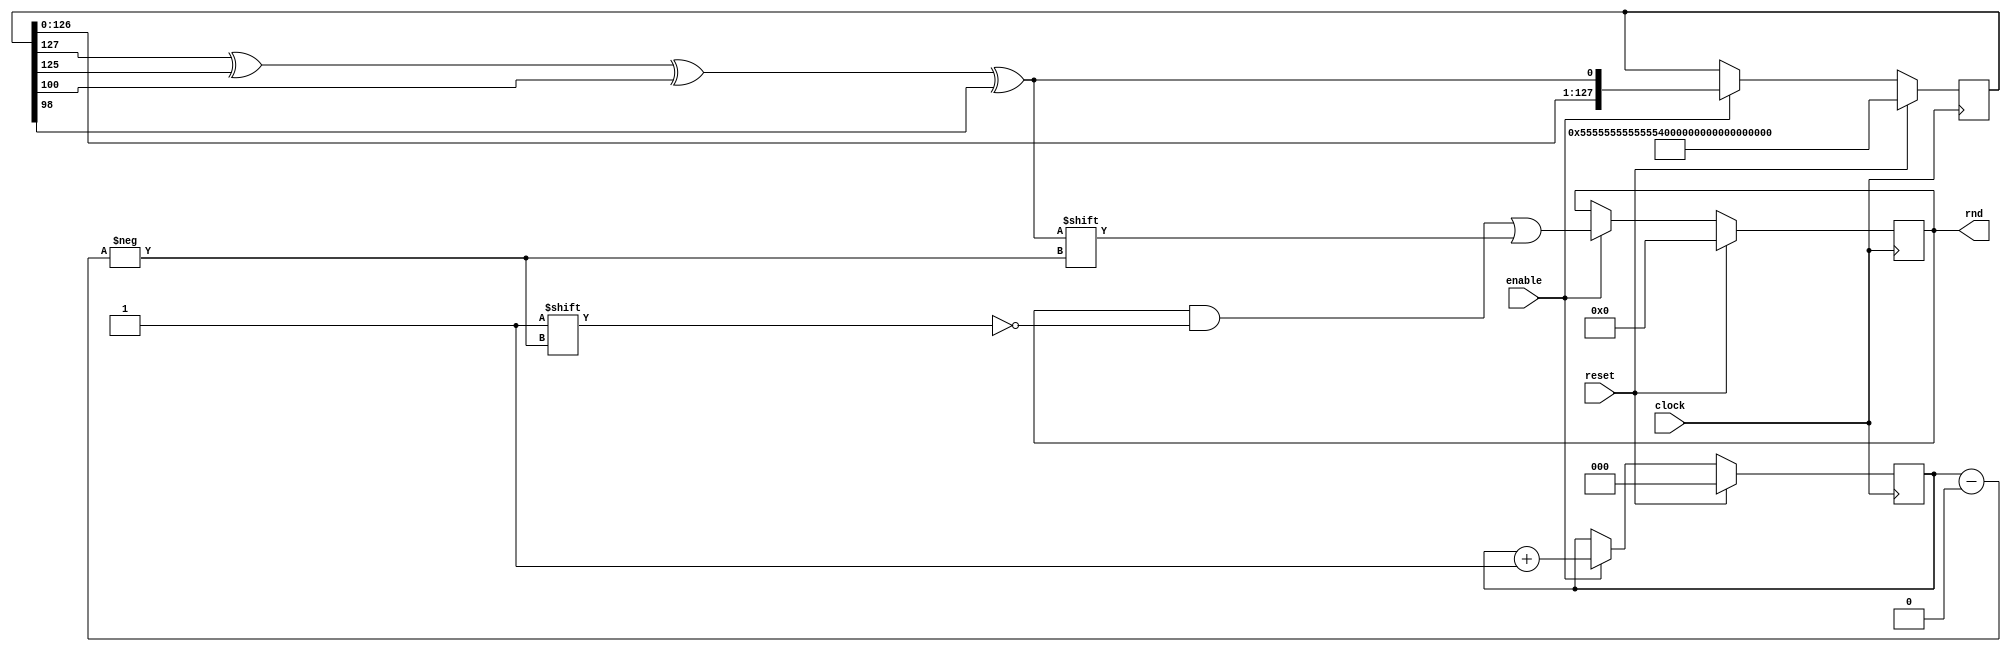
// This program was cloned from: https://github.com/jhshi/openofdm
// License: Apache License 2.0

module rand_gen
(
    input clock,
    input enable,
    input reset,

    output reg [7:0] rnd
);

localparam LFSR_LEN = 128;

reg [LFSR_LEN-1:0] random;
wire feedback = random[127] ^ random[125] ^ random[100] ^ random[98];
reg [2:0] bit_idx;

always @(posedge clock) begin
    if (reset) begin
        random <= {LFSR_LEN{4'b0101}};
        bit_idx <= 0;
        rnd <= 0;
    end else if (enable) begin
        random <= {random[LFSR_LEN-2:0], feedback};
        rnd[bit_idx] <= feedback;
        bit_idx <= bit_idx + 1;
    end
end

endmodule